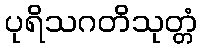
ပုရိသဂတိသုတ္တံ